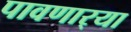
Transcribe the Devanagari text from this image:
पावणार्‍या